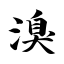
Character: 溴